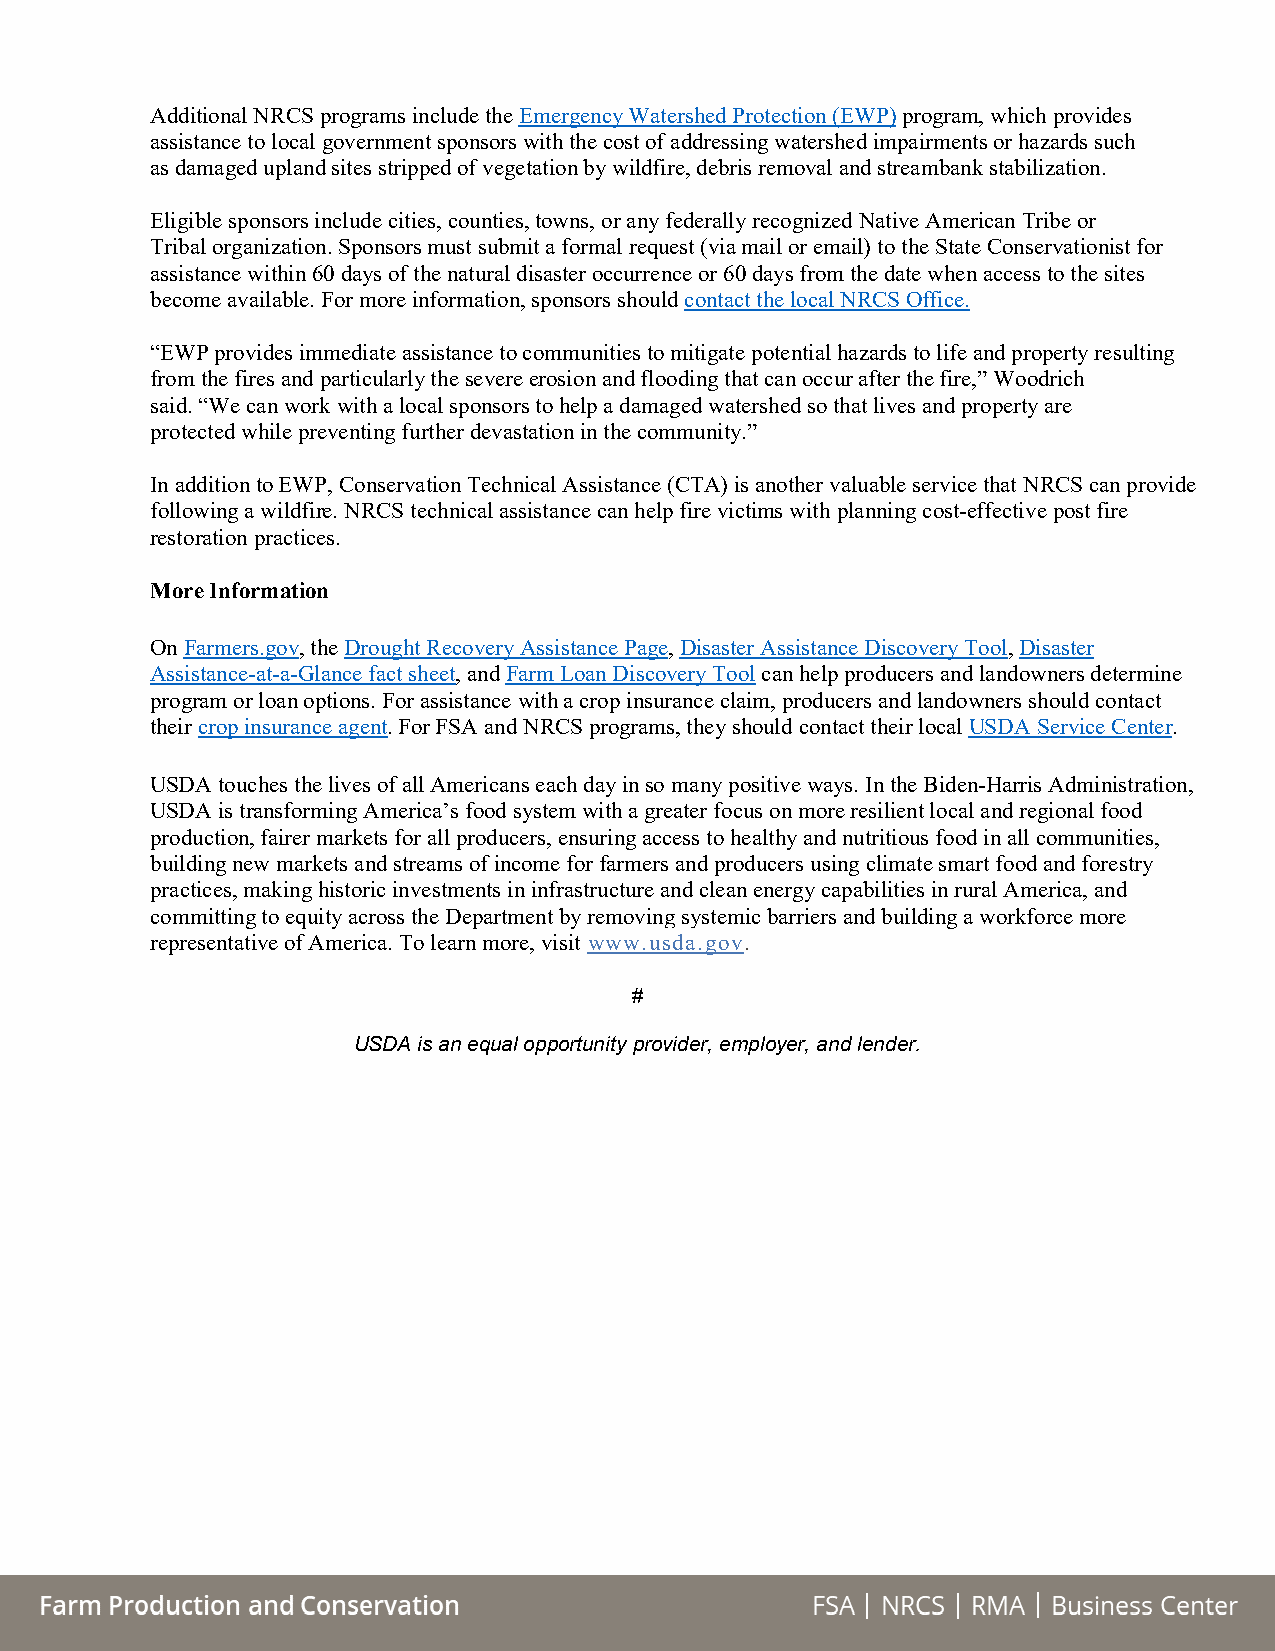
Additional NRCS programs include the Emergency Watershed Protection (EWP) program, which provides
 assistance to local government sponsors with the cost of addressing watershed impairments or hazards such
 as damaged upland sites stripped of vegetation by wildfire, debris removal and streambank stabilization.
 Eligible sponsors include cities, counties, towns, or any federally recognized Native American Tribe or
 Tribal organization. Sponsors must submit a formal request (via mail or email) to the State Conservationist for
 assistance within 60 days of the natural disaster occurrence or 60 days from the date when access to the sites
 become available. For more information, sponsors should contact the local NRCS Office.
 “EWP provides immediate assistance to communities to mitigate potential hazards to life and property resulting
 from the fires and particularly the severe erosion and flooding that can occur after the fire,” Woodrich
 said. “We can work with a local sponsors to help a damaged watershed so that lives and property are
 protected while preventing further devastation in the community.”
 In addition to EWP, Conservation Technical Assistance (CTA) is another valuable service that NRCS can provide
 following a wildfire. NRCS technical assistance can help fire victims with planning cost-effective post fire
 restoration practices.
 More Information
 On Farmers.gov, the Drought Recovery Assistance Page, Disaster Assistance Discovery Tool, Disaster
 Assistance-at-a-Glance fact sheet, and Farm Loan Discovery Tool can help producers and landowners determine
 program or loan options. For assistance with a crop insurance claim, producers and landowners should contact
 their crop insurance agent. For FSA and NRCS programs, they should contact their local USDA Service Center.
 USDA touches the lives of all Americans each day in so many positive ways. In the Biden-Harris Administration,
 USDA is transforming America’s food system with a greater focus on more resilient local and regional food
 production, fairer markets for all producers, ensuring access to healthy and nutritious food in all communities,
 building new markets and streams of income for farmers and producers using climate smart food and forestry
 practices, making historic investments in infrastructure and clean energy capabilities in rural America, and
 committing to equity across the Department by removing systemic barriers and building a workforce more
 representative of America. To learn more, visit www.usda.gov.
 #
 USDA is an equal opportunity provider, employer, and lender.